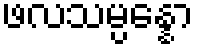
ဖလသမ္ပန္နော